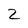
Character: 2